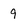
Character: 9